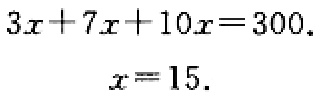
\[
\begin{align*}
3x + 7x+10x&=300,\\
x&=15.
\end{align*}
\]